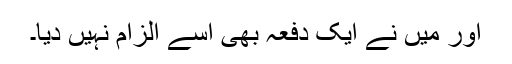
اور میں نے ایک دفعہ بھی اسے الزام نہیں دیا۔